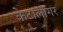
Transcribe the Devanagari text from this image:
केटालॉगर